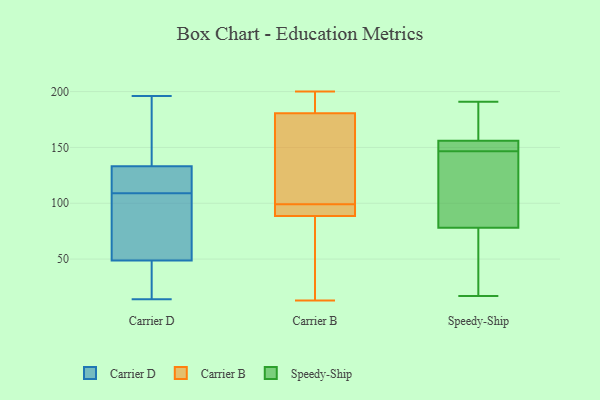
{"axis": {"x": "Waste Production (Tons)", "y": "Value"}, "legend": ["Carrier B", "Carrier D", "Speedy-Ship"], "data": [{"x": "", "y": 178, "type": "Carrier D"}, {"x": "", "y": 109, "type": "Carrier D"}, {"x": "", "y": 78, "type": "Carrier D"}, {"x": "", "y": 41, "type": "Carrier D"}, {"x": "", "y": 112, "type": "Carrier D"}, {"x": "", "y": 27, "type": "Carrier D"}, {"x": "", "y": 87, "type": "Carrier D"}, {"x": "", "y": 134, "type": "Carrier D"}, {"x": "", "y": 196, "type": "Carrier D"}, {"x": "", "y": 131, "type": "Carrier D"}, {"x": "", "y": 60, "type": "Carrier D"}, {"x": "", "y": 124, "type": "Carrier D"}, {"x": "", "y": 14, "type": "Carrier D"}, {"x": "", "y": 192, "type": "Carrier D"}, {"x": "", "y": 45, "type": "Carrier D"}, {"x": "", "y": 95, "type": "Carrier B"}, {"x": "", "y": 177, "type": "Carrier B"}, {"x": "", "y": 98, "type": "Carrier B"}, {"x": "", "y": 200, "type": "Carrier B"}, {"x": "", "y": 188, "type": "Carrier B"}, {"x": "", "y": 75, "type": "Carrier B"}, {"x": "", "y": 99, "type": "Carrier B"}, {"x": "", "y": 138, "type": "Carrier B"}, {"x": "", "y": 197, "type": "Carrier B"}, {"x": "", "y": 178, "type": "Carrier B"}, {"x": "", "y": 13, "type": "Carrier B"}, {"x": "", "y": 54, "type": "Carrier B"}, {"x": "", "y": 93, "type": "Carrier B"}, {"x": "", "y": 191, "type": "Speedy-Ship"}, {"x": "", "y": 166, "type": "Speedy-Ship"}, {"x": "", "y": 136, "type": "Speedy-Ship"}, {"x": "", "y": 149, "type": "Speedy-Ship"}, {"x": "", "y": 144, "type": "Speedy-Ship"}, {"x": "", "y": 78, "type": "Speedy-Ship"}, {"x": "", "y": 156, "type": "Speedy-Ship"}, {"x": "", "y": 152, "type": "Speedy-Ship"}, {"x": "", "y": 17, "type": "Speedy-Ship"}, {"x": "", "y": 34, "type": "Speedy-Ship"}]}